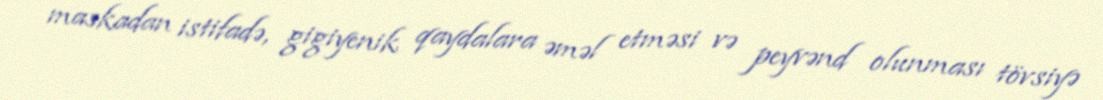
maskadan istifadə, gigiyenik qaydalara əməl etməsi və peyvənd olunması tövsiyə